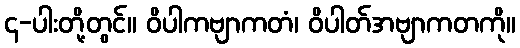
၄-ပါးတို့တွင်။ ဝိပါကဗျာကတံ၊ ဝိပါတ်အဗျာကတကို။